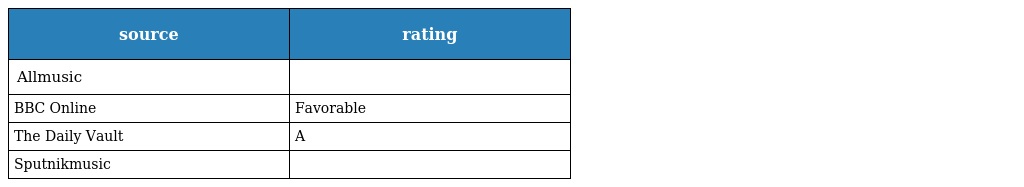
| source | rating |
 | --- | --- |
 | Allmusic |  |
 | BBC Online | Favorable |
 | The Daily Vault | A |
 | Sputnikmusic |  |